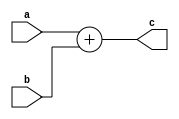
`timescale 1ns / 1ps
//////////////////////////////////////////////////////////////////////////////////
// Company: 
// Engineer: 
// 
// Design Name: 
// Module Name:    add_32 
// Project Name: 
// Target Devices: 
// Tool versions: 
// Description: 
//
// Dependencies: 
//
// Revision: 
// Revision 0.01 - File Created
// Additional Comments: 
//
//////////////////////////////////////////////////////////////////////////////////
module add_32(input [31:0] a,
				  input [31:0] b,
				  output [31:0] c
    );

	assign c = a + b; 

endmodule